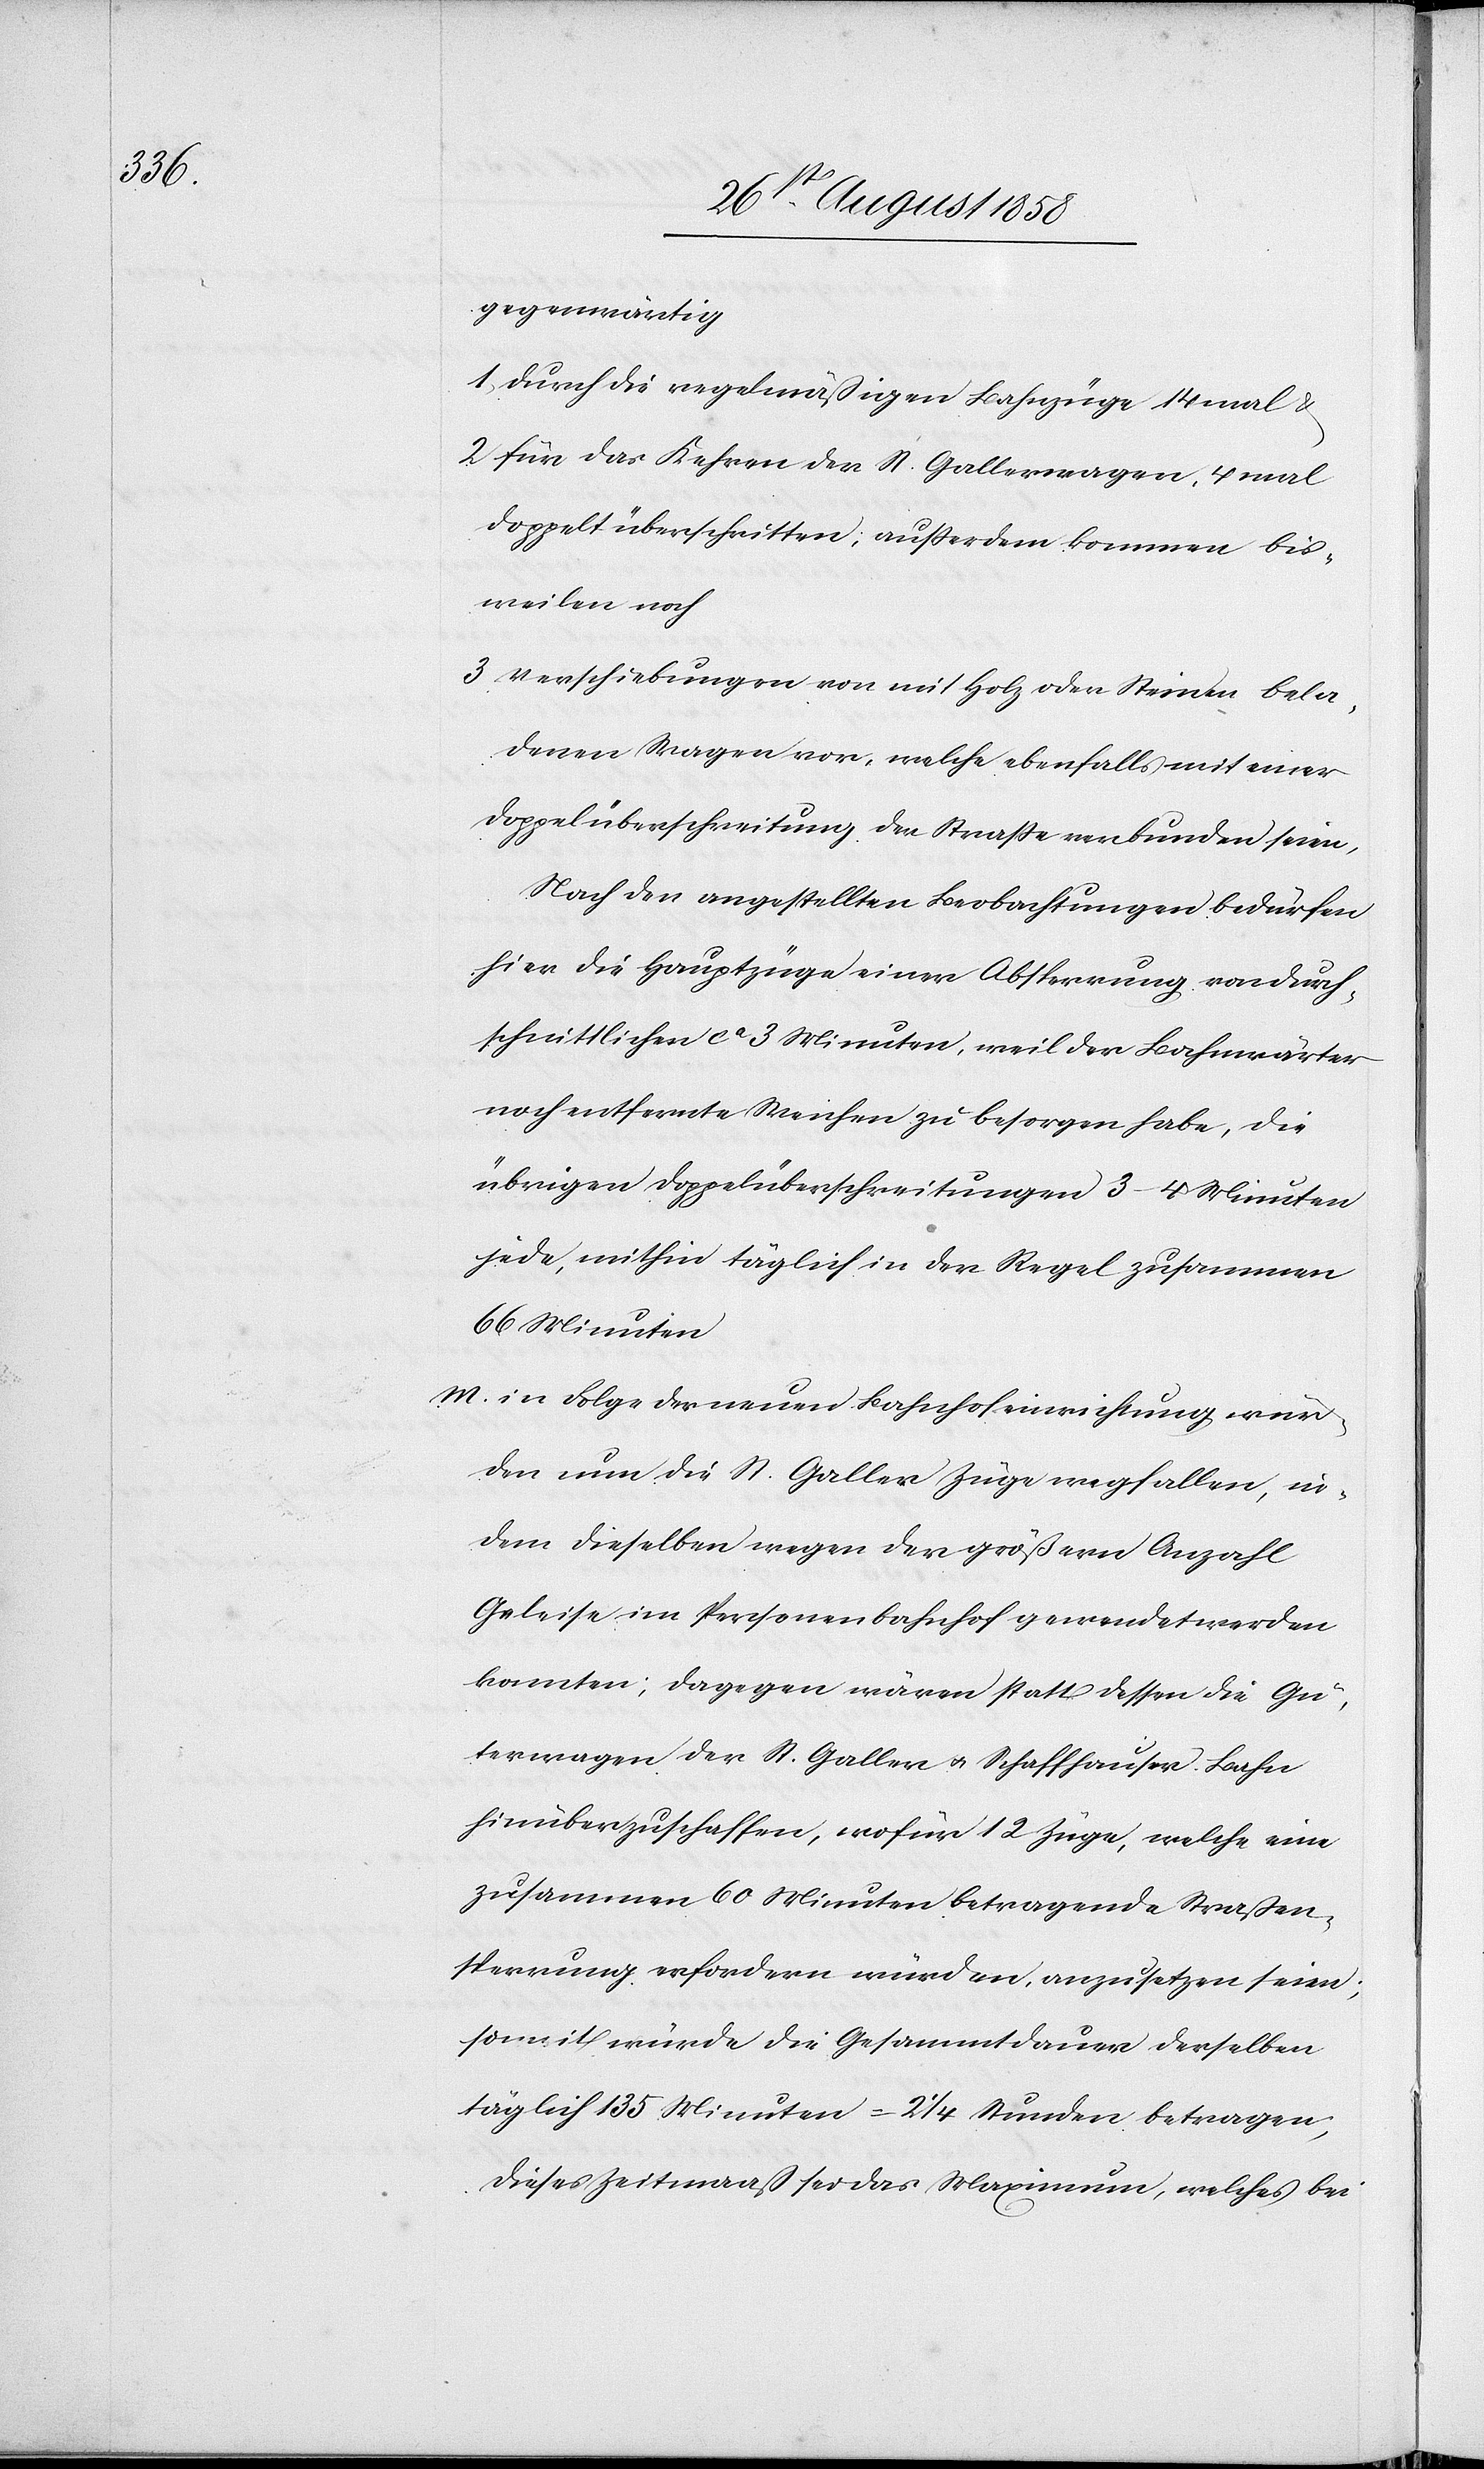
gegenwärtig
1. durch die regelmäßigen Bahnzüge 14 mal &
2. für das Kehren der St. Gallerwagen, 4 mal
doppelt überschritten; ausserdem kommen bis¬
weilen noch
3. Verschiebungen von mit Holz oder Steinen bela¬
denen Wagen vor, welche ebenfalls mit einer
Doppelüberschreitung der Strasse verbunden seien,
Nach den angestellten Beobachtungen bedürfen
hier die Hauptzüge einer Absperrung von durch¬
schnittlichen ca 3 Minuten, weil der Bahnwärter
noch entfernte Weichen zu besorgen habe, die
übrigen Doppelüberschreitungen 3–4 Minuten
jede, mithin täglich in der Regel zusammen
66 Minuten
m. in Folge der neuen Bahnhofeinrichtung wür¬
den nun die St. Galler Züge wegfallen, in¬
dem dieselben wegen der größern Anzahl
Geleise im Personenbahnhof gewendet werden
konnten; dagegen wären statt dessen die Gü¬
terwagen der St. Galler & Schaffhauser Bahn
hinüberzuschaffen, wofür 12 Züge, welche eine
zusammen 60 Minuten betragende Straßen¬
sperrung erfordern würden, anzusetzen seien;
somit würde die Gesammtdauer derselben
täglich 135 Minuten = 2 1/4 Stunden betragen;
dieses Zeitmaass sei das Maximum, welches bei